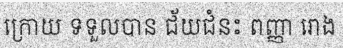
ក្រោយ ទទួលបាន ជ័យជំនះ ពញ្ញា រោង